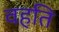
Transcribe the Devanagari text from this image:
वहति